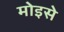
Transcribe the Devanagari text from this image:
मोइसे